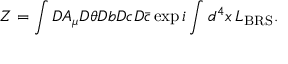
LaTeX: Z = \int { \cal D } A _ { \mu } { \cal D } \theta { \cal D } b { \cal D } c { \cal D } \bar { c } \exp i \int d ^ { 4 } x \, L _ { \mathrm { B R S } } .